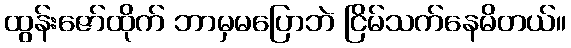
ထွန်းဇော်ထိုက် ဘာမှမပြောဘဲ ငြိမ်သက်နေမိတယ်။